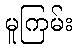
မူကြမ်း